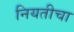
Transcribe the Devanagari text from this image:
नियतीचा